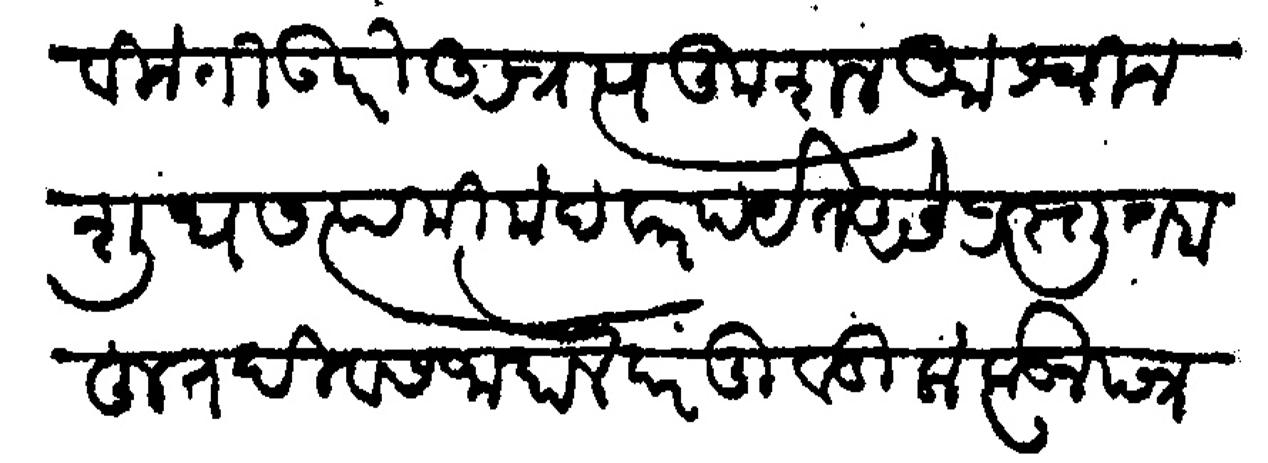
Transliteration (Devanagari): विनती उपरी आपले कुशल आश्विन शुध सप्तमी मंदवार पर्यंत असे प्रस्तुत बहुत दिवस जाहाले परंतु वडिलाकडून पत्र